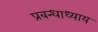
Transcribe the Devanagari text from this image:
प्रबन्धाध्याय